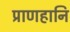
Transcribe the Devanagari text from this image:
प्राणहानि